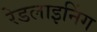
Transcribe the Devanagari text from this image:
रेडलाइनिंग